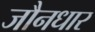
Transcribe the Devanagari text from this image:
जौनधार